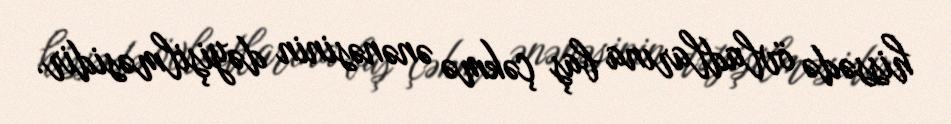
hissədə övladlarına baş çəkmə ənənəsinin dəyişilməsidir.